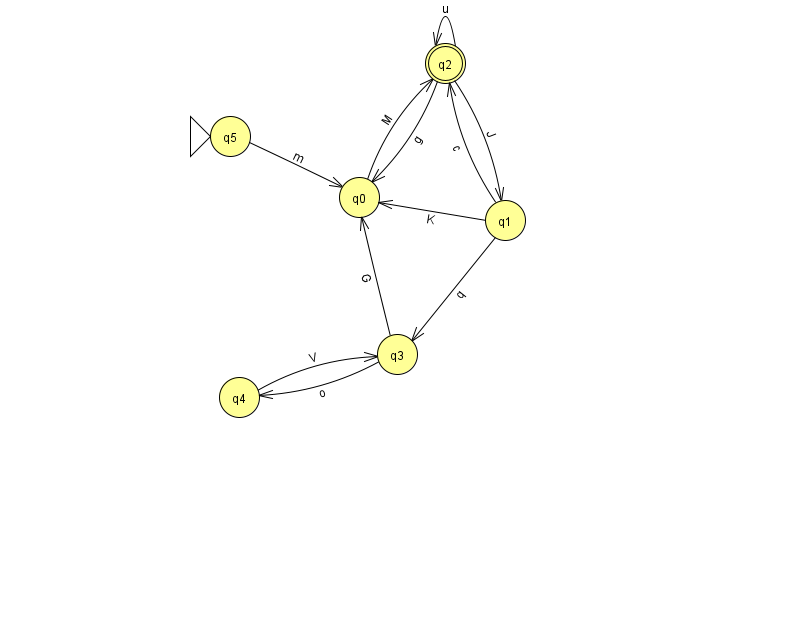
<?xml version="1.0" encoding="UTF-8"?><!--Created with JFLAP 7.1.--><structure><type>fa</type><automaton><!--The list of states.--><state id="0" name="q0"><x>359.0</x><y>184.0</y></state><state id="1" name="q1"><x>505.0</x><y>207.0</y></state><state id="2" name="q2"><x>445.0</x><y>50.0</y><final/></state><state id="3" name="q3"><x>397.0</x><y>341.0</y></state><state id="4" name="q4"><x>239.0</x><y>384.0</y></state><state id="5" name="q5"><x>230.0</x><y>123.0</y><initial/></state><!--The list of transitions.--><transition><from>0</from><to>2</to><read>M</read></transition><transition><from>1</from><to>0</to><read>K</read></transition><transition><from>1</from><to>2</to><read>c</read></transition><transition><from>1</from><to>3</to><read>q</read></transition><transition><from>2</from><to>2</to><read>u</read></transition><transition><from>3</from><to>4</to><read>o</read></transition><transition><from>3</from><to>0</to><read>G</read></transition><transition><from>2</from><to>0</to><read>g</read></transition><transition><from>2</from><to>1</to><read>J</read></transition><transition><from>4</from><to>3</to><read>V</read></transition><transition><from>5</from><to>0</to><read>m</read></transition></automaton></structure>